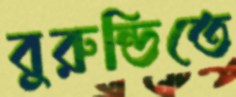
বুরুন্ডিতে